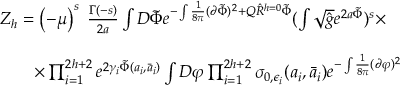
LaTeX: \begin{array} { l } { { Z _ { h } = \left( - \mu \right) ^ { s } \; \frac { \Gamma ( - s ) } { 2 a } \int D \tilde { \Phi } e ^ { - \int \frac { 1 } { 8 \pi } ( \partial \tilde { \Phi } ) ^ { 2 } + Q \hat { R } ^ { h = 0 } \tilde { \Phi } } ( \int \sqrt { \hat { g } } e ^ { 2 a \tilde { \Phi } } ) ^ { s } \times } } \\ { { \nonumber } } \\ { { \qquad \times \prod _ { i = 1 } ^ { 2 h + 2 } e ^ { 2 \gamma _ { i } \tilde { \Phi } ( a _ { i } , \bar { a } _ { i } ) } \int D \varphi \prod _ { i = 1 } ^ { 2 h + 2 } \sigma _ { 0 , \epsilon _ { i } } ( a _ { i } , \bar { a } _ { i } ) e ^ { - \int \frac { 1 } { 8 \pi } ( \partial \varphi ) ^ { 2 } } } } \end{array}